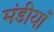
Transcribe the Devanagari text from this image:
मंडीयाँ